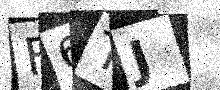
Text: F6TJ